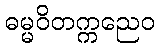
ဓမ္မဝိတက္ကညေဝ